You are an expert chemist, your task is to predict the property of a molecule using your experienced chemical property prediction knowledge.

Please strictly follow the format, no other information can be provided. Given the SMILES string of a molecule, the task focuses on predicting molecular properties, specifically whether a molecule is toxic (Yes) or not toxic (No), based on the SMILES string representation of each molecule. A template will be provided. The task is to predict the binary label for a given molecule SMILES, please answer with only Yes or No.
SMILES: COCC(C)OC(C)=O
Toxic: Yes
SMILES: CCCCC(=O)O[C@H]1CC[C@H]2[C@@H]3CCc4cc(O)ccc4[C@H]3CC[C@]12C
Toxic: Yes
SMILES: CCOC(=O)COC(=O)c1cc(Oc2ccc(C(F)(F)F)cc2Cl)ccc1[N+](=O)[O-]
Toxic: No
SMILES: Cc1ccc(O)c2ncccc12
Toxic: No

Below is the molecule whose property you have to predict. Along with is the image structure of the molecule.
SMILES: [O-][n+]1ccccc1S[Zn]Sc1cccc[n+]1[O-]
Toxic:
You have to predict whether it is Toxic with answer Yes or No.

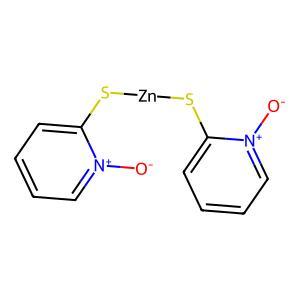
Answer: No